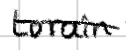
Text: Lorain
Cross-out: single-line
Writing tool: digital_black